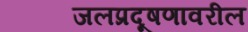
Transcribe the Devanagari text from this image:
जलप्रदूषणावरील